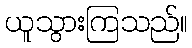
ယူသွားကြသည်။